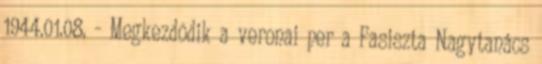
1944.01.08. - Megkezdõdik a veronai per a Fasiszta Nagytanács